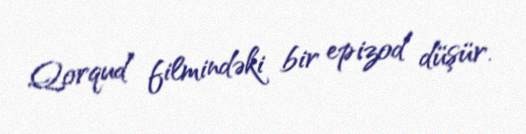
Qorqud” filmindəki bir epizod düşür.